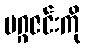
မဂ္ဂဇင်းကို